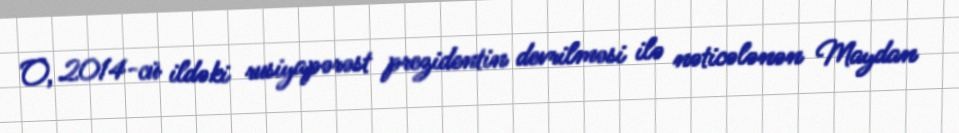
O, 2014-cü ildəki rusiyapərəst prezidentin devrilməsi ilə nəticələnən Maydan